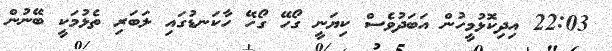
22:03 އިދިކޮޅުމީހުން އަބަދުވެސް ކިޔަނީ ގޯހޭ ގޯހޭ ހާކަނޑުގައި ލަބަރި ތެޅުމަކީ ބޭނުން